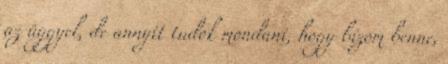
az üggyel, de annyit tudok mondani, hogy bízom benne,